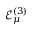
\mathcal { E } _ { \mu } ^ { ( 3 ) }